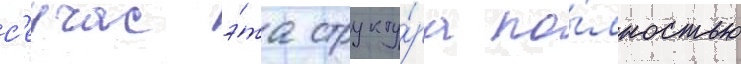
с'еичас э́та структу́ра по́лностью